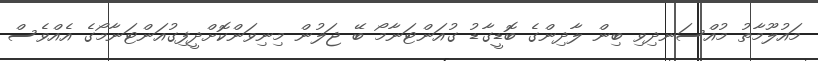
މައުލޫމާތު މުއްސަނދިވި ބިން ލާދިންގެ ބޮޑީގާޑު ގުއަންޓަނާމޯ ބޭ ޖަލުން މިނިވަންކޮށްދީފިގުއަންޓަނާމޯގެ އެއްވެސް